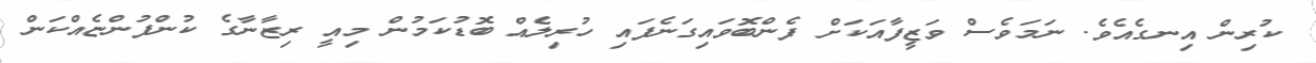
ކުރިން އިނގެއެވެ. ނަމަވެސް ވަޒީފާއަކަށް ފެންބޮވައިގަނެފައި ހުރިލެއް ބޮޑުކަމުން މިއީ ރިޒާނާގެ ކުންފުންޏެއްކަން